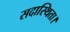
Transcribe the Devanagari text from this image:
सदास्थिता।